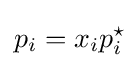
p_{i}=x_{i}p_{i}^{\star }